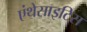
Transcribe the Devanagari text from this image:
एंथेसाइटिस